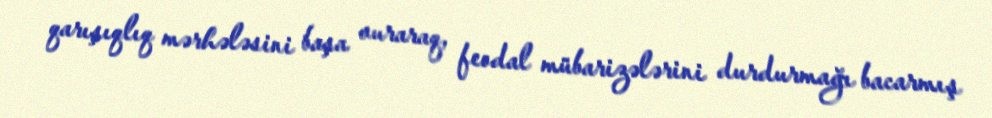
qarışıqlıq mərhələsini başa vuraraq, feodal mübarizələrini durdurmağı bacarmış